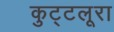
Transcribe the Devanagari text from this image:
कुट्टलूरा